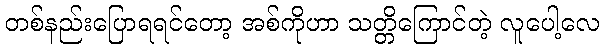
တစ်နည်းပြောရရင်တော့ အစ်ကိုဟာ သတ္တိကြောင်တဲ့ လူပေါ့လေ